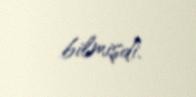
bilmişdi.